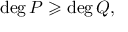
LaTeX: \deg P \geqslant \deg Q ,